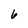
Character: 6